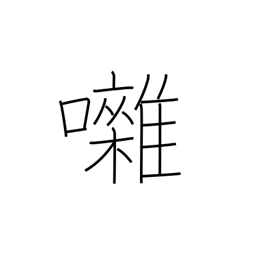
Meaning: banter